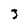
Character: 3